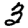
Digit: 3